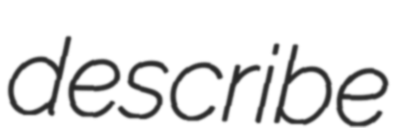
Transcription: describe